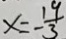
x = - \frac { 1 9 } { 3 }